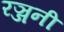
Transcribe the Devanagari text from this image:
रञ्जनी